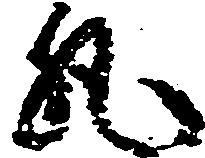
丸